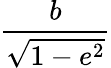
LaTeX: \frac{b}{\sqrt{1-e^{2}}}